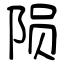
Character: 陨